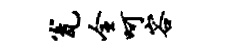
瓮全呵容